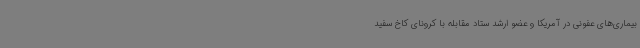
بیماری‌های عفونی در آمریکا و عضو ارشد ستاد مقابله با کرونای کاخ سفید